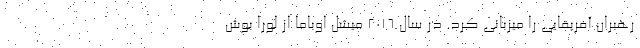
رهبران آفریقایی را میزبانی کرد. در سال 2016 میشل اوباما از لورا بوش